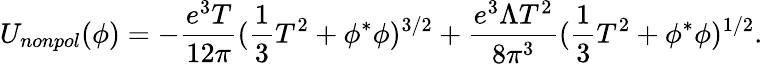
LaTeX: U_{nonpol}(\phi)=-{\frac{e^{3}T}{12\pi}}({\frac{1}{3}}T^{2}+\phi^{*}\phi)^{3/2}+{\frac{e^{3}\Lambda T^{2}}{8\pi^{3}}}({\frac{1}{3}}T^{2}+\phi^{*}\phi)^{1/2}.